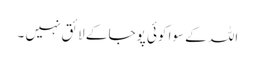
اللہ کے سوا کوئی پوجا کے لائق نہیں ۔